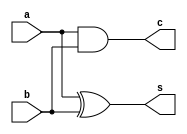
module ha(a,b,s,c);
//ha - half adder || a,b - inputs || s - sum || c - carry
input a,b;
output s,c;
///data modelling
    xor s1(s,a,b);
    and c1(c,a,b);
endmodule
/////////////////////////////////////////////////////////////
module fa(a,b,c,s,c_out);
//fa - full adder || a,b,c - inputs || s - sum || c_out - final-carry
input a,b,c;
output s,c_out;
wire sum_wire,carry_wire,carry2_wire;
///data modelling of full adder using half adder
    ha ha1(a,b,sum_wire,carry_wire);
    ha ha2(sum_wire,c,s,carry2_wire);
    or or1(c_out,carry_wire,carry2_wire);
endmodule
/////////////////////////////////////////////////////////////
module rca(a,b,cin,sum,carry_out);
//rca - ripple carry adder || a,b - 4bit inputs || cin - carry_in
//sum - final 4bit sum || carry_out - output carry
// 3 carry wires required
input [3:0] a,b;
input cin;
output [3:0] sum;
output carry_out;
wire [2:0] carrywires;
////data modeelling
    fa fa0(a[0],b[0],cin,sum[0],carrywires[0]);
    fa fa1(a[1],b[1],carrywires[0],sum[1],carrywires[1]);
    fa fa2(a[2],b[2],carrywires[1],sum[2],carrywires[2]);
    fa fa3(a[3],b[3],carrywires[2],sum[3],carry_out);
endmodule
/////////////////////////////////////////////////////////////
module tcom4(a,b,s,mux_ans);
//tcom - two cross one mux || a,b - 4 bit iputs || s - select || mux_ans
parameter bits = 4;
input [bits-1 : 0] a,b;
input s;
output [bits-1 : 0]mux_ans;
////data flow modelling
     assign mux_ans = (s)?b:a;
endmodule
module tcom1(a,b,s,mux_ans);
//tcom - two cross one mux || a,b - 1 bit iputs || s - select || mux_ans
parameter bits = 1;
input [bits-1 : 0] a,b;
input s;
output [bits-1 : 0]mux_ans;
////data flow modelling
     assign mux_ans = (s)?b:a;
endmodule
//reminder here a b indicates sum when carry is 0 and 1 respectively
/////////////////////////////////////////////////////////////
module epo_csa(a,b,cin,sum,c_out);
//epo_csa - each 4 bit piece of carry select adder
//a,b are 4 bit inputs || sum ,c_out arre respective outputs
input [3:0] a,b;
input cin;
output [3:0] sum;
output c_out;
wire [3:0] alternate_sum1,alternate_sum2;
wire alternate_carry1,alternate_carry2;
////data flow modelling
// so sum is calculated with both carry 0 and 1
     rca rca1(a[3:0],b[3:0],1'b0,alternate_sum1,alternate_carry1);
     rca rca2(a[3:0],b[3:0],1'b1,alternate_sum2,alternate_carry2);
//so now a mux should give output sum and other one carry for same select
     tcom4 tcom1(alternate_sum1,alternate_sum2,cin,sum);
     tcom1 tcom2(alternate_carry1,alternate_carry2,cin,c_out);
     
endmodule

/////////////////////FINAL MOODULE OR MAIN MODULE////////////////////////////

module csa(a,b,carry_in,sum,carry_out);

input [15 : 0] a,b;
input carry_in;
output [15 : 0] sum;
output carry_out;
///now wire is required for carry from each slice
wire [2:0] alternate_carry;
////data flow modelling
     epo_csa q0(a[3:0],b[3:0],carry_in,sum[3:0],alternate_carry[0]);
     epo_csa q1(a[7:4],b[7:4],alternate_carry[0],sum[7:4],alternate_carry[1]);
     epo_csa q2(a[11:8],b[11:8],alternate_carry[1],sum[11:8],alternate_carry[2]);
     epo_csa q3(a[15:12],b[15:12],alternate_carry[2],sum[15:12],carry_out);
endmodule